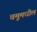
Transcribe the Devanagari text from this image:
चमूमधील